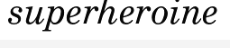
superheroine